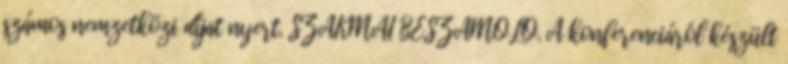
számos nemzetközi díjat nyert. SZAKMAI BESZÁMOLÓ. A konferenciáról készült